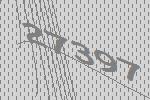
27397